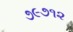
૭૯૭૧૨